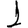
Digit: 1